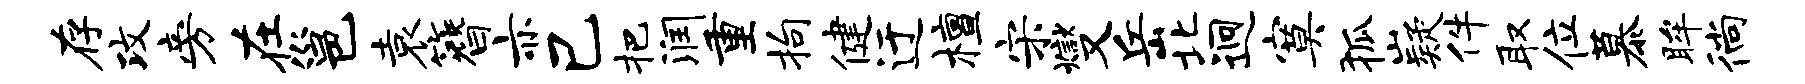
存攻旁在邕袁簪亦己把润重拘健迂檀宋燮岳北迥寞狐嶷件取位慕眸徜